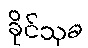
ခိုင်သုခ